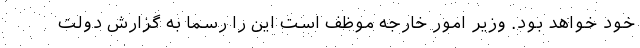
خود خواهد بود. وزیر امور خارجه موظف است این را رسما به گزارش دولت